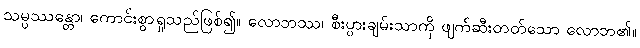
သမ္ပဿန္တော၊ ကောင်းစွာရှုသည်ဖြစ်၍။ လောဘဿ၊ စီးပွားချမ်းသာကို ဖျက်ဆီးတတ်သော လောဘ၏။